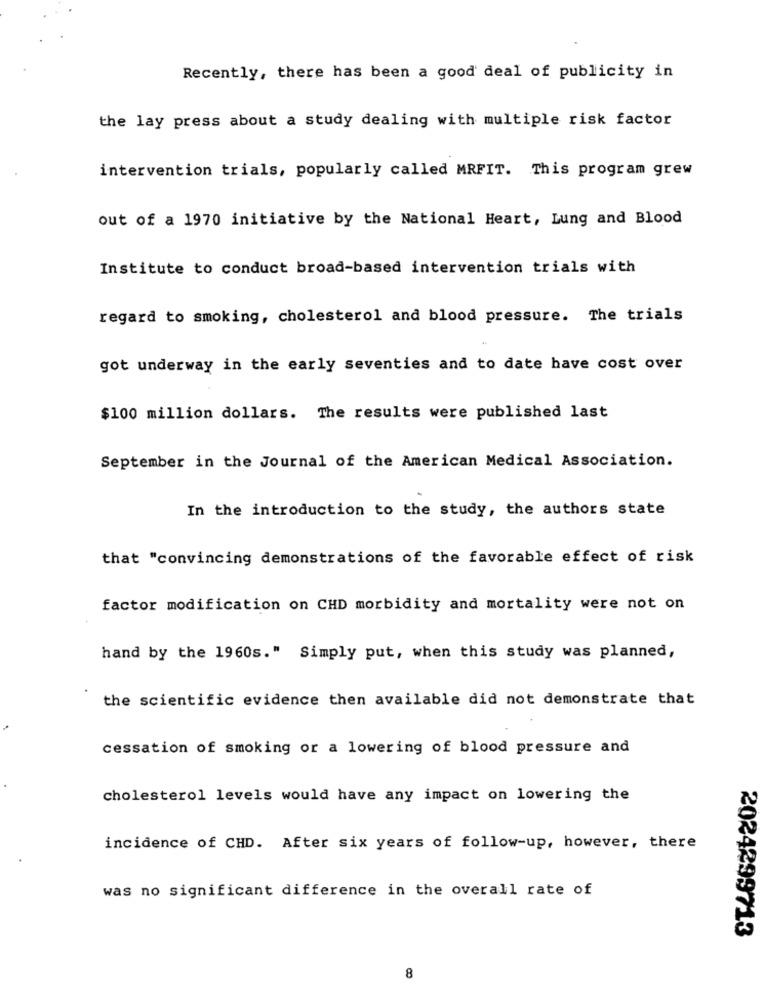
Recently, there has been a good deal of publicity in
the lay press about a study dealing with multiple risk factor
intervention trials, popularly called MRFIT. This program grew
out of a 1970 initiative by the National Heart, Lung and Blood
Institute to conduct broad-based intervention trials with
regard to smoking, cholesterol and blood pressure. The trials
got underway in the early seventies and to date have cost over
$100 million dollars. The results were published last
September in the Journal of the American Medical Association.
In the introduction to the study, the authors state
that "convincing demonstrations of the favorable effect of risk
factor modification on CHD morbidity and mortality were not on
hand by the 1960s." Simply put, when this study was planned,
the scientific evidence then available did not demonstrate that
cessation of smoking or a lowering of blood pressure and
cholesterol levels would have any impact on lowering the
incidence of CHD. After six years of follow-up, however, there
was no significant difference in the overall rate of
2024299713
8